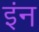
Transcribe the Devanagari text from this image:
इंन